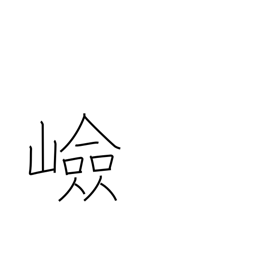
Meaning: steep place